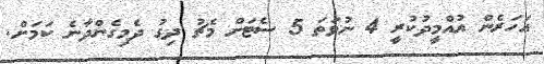
އަހަރެން އުއްމީދުކުރީ 4 ނުވަތަ 5 ސެޓަށް މެޗު ދިގު ދެމިގެންދާނެ ކަމަށް.